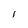
Character: 1